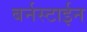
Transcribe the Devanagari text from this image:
बर्नस्टाईन